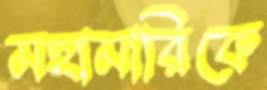
মহামারিকে